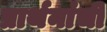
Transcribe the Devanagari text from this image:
प्रार्थनांची